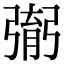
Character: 㣃